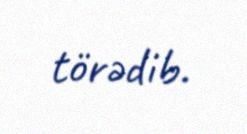
törədib.